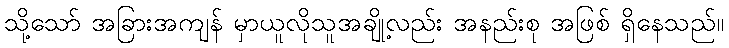
သို့သော် အခြားအကျန် မှာယူလိုသူအချို့လည်း အနည်းစု အဖြစ် ရှိနေသည်။